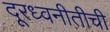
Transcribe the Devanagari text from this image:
दूरध्वनीतीची